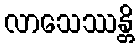
လာသေဿန္တိ